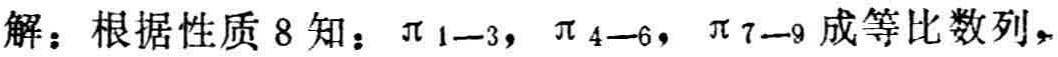
解：根据性质8知：$\pi_{1 - 3},\ \pi_{4 - 6},\ \pi_{7 - 9}$成等比数列，